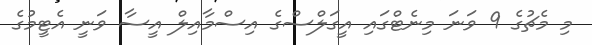
މި މެޗުގެ 9 ވަނަ މިނެޓްގައި އީގަލްސްގެ އިސްމާއިލް އީސާ ވަނީ އެޓީމުގެ